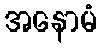
အနောမံ